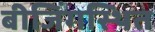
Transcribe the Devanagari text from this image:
बीजिंगस्थित